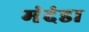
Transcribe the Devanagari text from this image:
मंदंडा